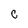
Character: C